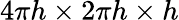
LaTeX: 4\pi h\times 2\pi h\times h